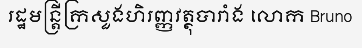
រដ្ឋមន្ត្រីក្រសួងហិរញ្ញវត្ថុបារាំង លោក Bruno